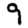
Digit: 9